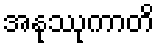
အနုဿုကာတိ